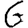
Digit: 6